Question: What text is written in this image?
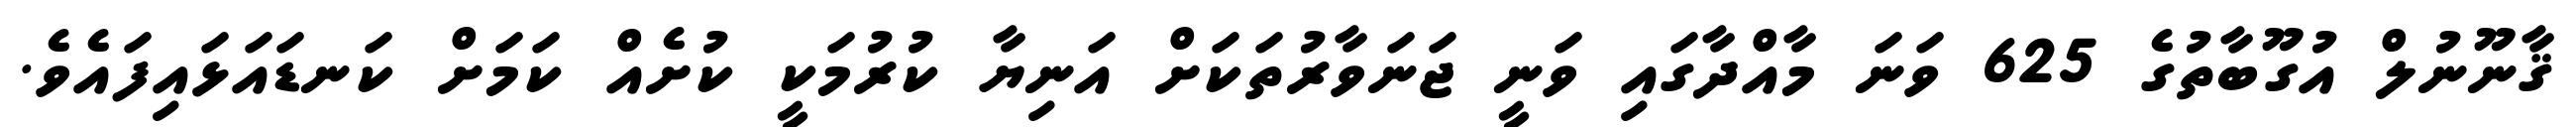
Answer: ޤާނޫނުލް އުގޫބާތުގެ 625 ވަނަ މާއްދާގައި ވަނީ ޖަނަވާރުތަކަށް އަނިޔާ ކުރުމަކީ ކުށެއް ކަމަށް ކަނޑައަޅައިފައެވެ.